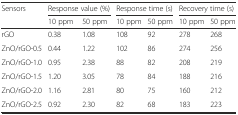
| Sensors | <COLSPAN=2> Response value (%) | <COLSPAN=2> Response time (s) | <COLSPAN=2> Recovery time (s) |
 |  | 10 ppm | 50 ppm | 10 ppm | 50 ppm | 10 ppm | 50 ppm |
 | --- | --- | --- | --- | --- | --- | --- |
 | rGO | 0.38 | 1.08 | 108 | 92 | 278 | 268 |
 | ZnO/rGO-0.5 | 0.44 | 1.22 | 102 | 86 | 274 | 256 |
 | ZnO/rGO-1.0 | 0.95 | 2.38 | 88 | 82 | 208 | 219 |
 | ZnO/rGO-1.5 | 1.20 | 3.05 | 78 | 84 | 188 | 216 |
 | ZnO/rGO-2.0 | 1.16 | 2.81 | 80 | 75 | 160 | 212 |
 | ZnO/rGO-2.5 | 0.92 | 2.30 | 82 | 68 | 183 | 223 |